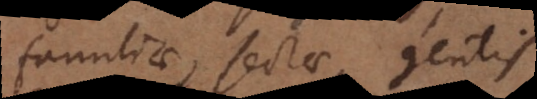
familiae, sectae, gentis.